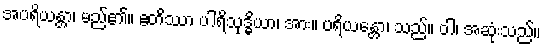
အပရိယန္တာ၊ မည်၏။ ဧတိဿာ ပါရိသုဒ္ဓိယာ၊ အား။ ပရိယန္တော၊ သည်။ ဝါ၊ အဆုံးသည်။